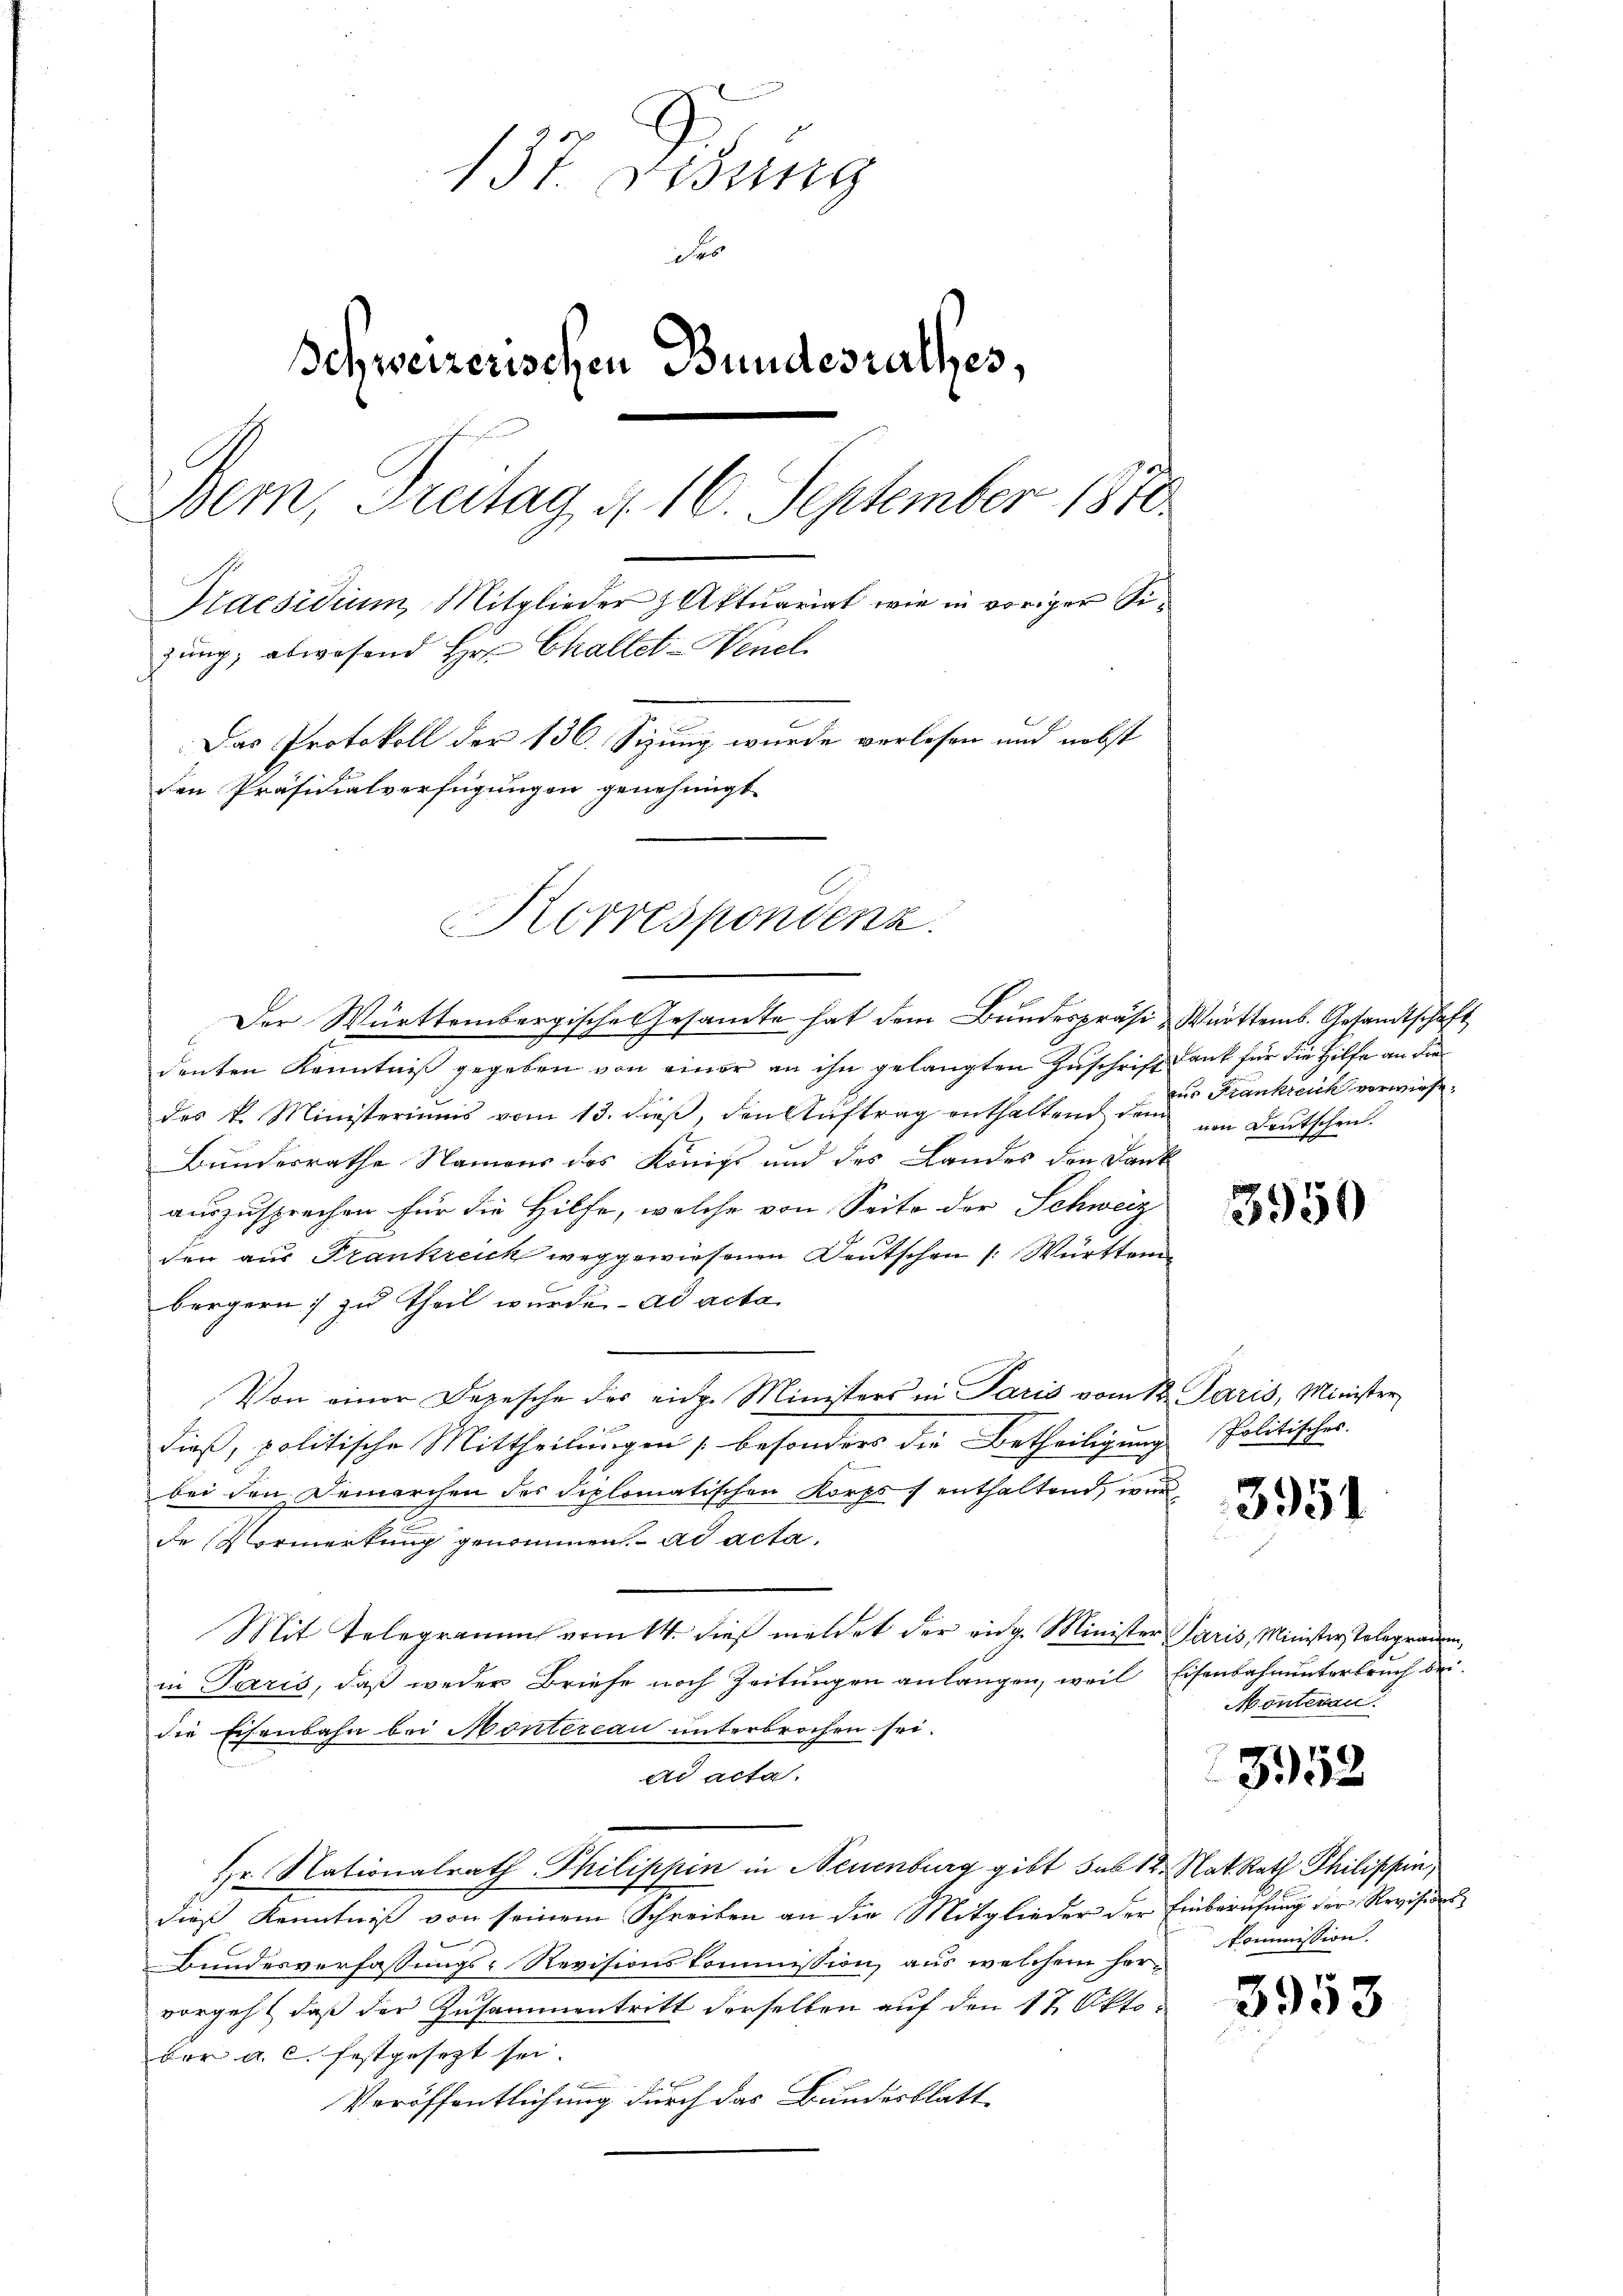
137. Diebung
h
Schweizerischen Bundesrathes,
Bern, Freitag 4. 16. September 1870.
Praesidium Mitglieder Aktuariat wie in voriger Sizung, abwesend Hr. Challet-Wenel
Das Protokoll der 136. Sizung wurde verlesen und nebst
den Präsidialverfügungen genehmigt.

Korrespondenz.

Der Württembergische Gesandte hat dem Bundespräsi- Württemb. Gesandtschaft
denten Kenntniß gegeben von einer an ihn gelangten Zuschrift dank für die Hilfe an die
des k. Ministeriums vom 13. dieβ, den Aŭftrag enthaltend dem von Leŭtschen.
Bundesrathe Namens des Königl und des Landes den Kant
auszusprechen für die Hilfe, welche von Seite der Schweiz
den aus Frankreich weggewiesenen Deutschen /: Württem
bürgern zu Theil wurde ad acta
Von einer Depesche des eidg. Ministers in Paris vom 12. Paris, Minister
dieß, politische Mittheilungen besonders die Betheiligung Politisches.
bei den Demarchen des Diplomatischen Korps, enthaltend, wir
de Vormerkung genommen. ad acta,
Mit Telegramm vom 14. dieß meldet der vidg. Minister Paris, Minister, Telegraden,
in Paris, daß weder Briefe noch Zeitungen anlangen, weil Eisenbahnunterbruch beidie Eisenbahn bei Montereau unterbrochen sei.
ad acta.
Hr. Nationalrath Philippin in Neuenburg gibt sub 12. Nat. Rath Philippin
dieß Kenntniß von seinem Schreiben an die Mitglieder der Einberufung der Revisions¬
Bundesverfassungs-Revisionskommission aus welchem hervorgeht, daß der Zusammentritt derselben auf den 17. Oktober a. c. festgesezt sei.
Veröffentlichung durch das Bundesblatt

aus Stankreich verwiese.

3950

3951

Monterau

3952

Kommission.

3952